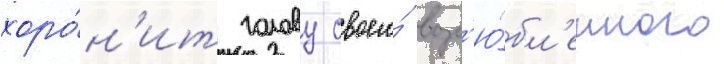
хоро́н'ит голову своего́ возл'ю́бл'енного